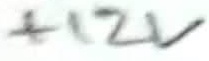
Text: +12V